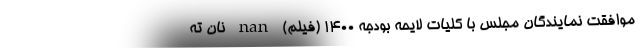
موافقت نمایندگان مجلس با کلیات لایحه بودجه ۱۴۰۰ (فیلم) nan نان ته